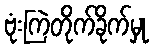
ဗုံးကြဲတိုက်ခိုက်မှု